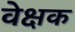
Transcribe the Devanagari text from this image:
वेक्षक